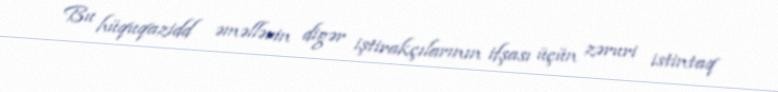
Bu hüquqazidd əməllərin digər iştirakçılarının ifşası üçün zəruri istintaq